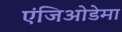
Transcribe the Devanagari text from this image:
एंजिओडेमा